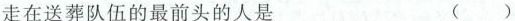
走在送葬队伍的最前头的人是 ( )